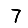
Digit: 7